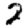
Digit: 2